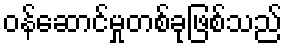
ဝန်ဆောင်မှုတစ်ခုဖြစ်သည်